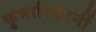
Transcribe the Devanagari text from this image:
कुमारिकांनीं